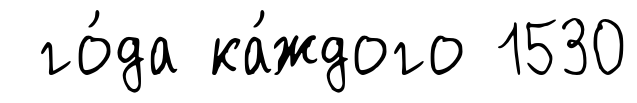
го́да ка́ждого 1530